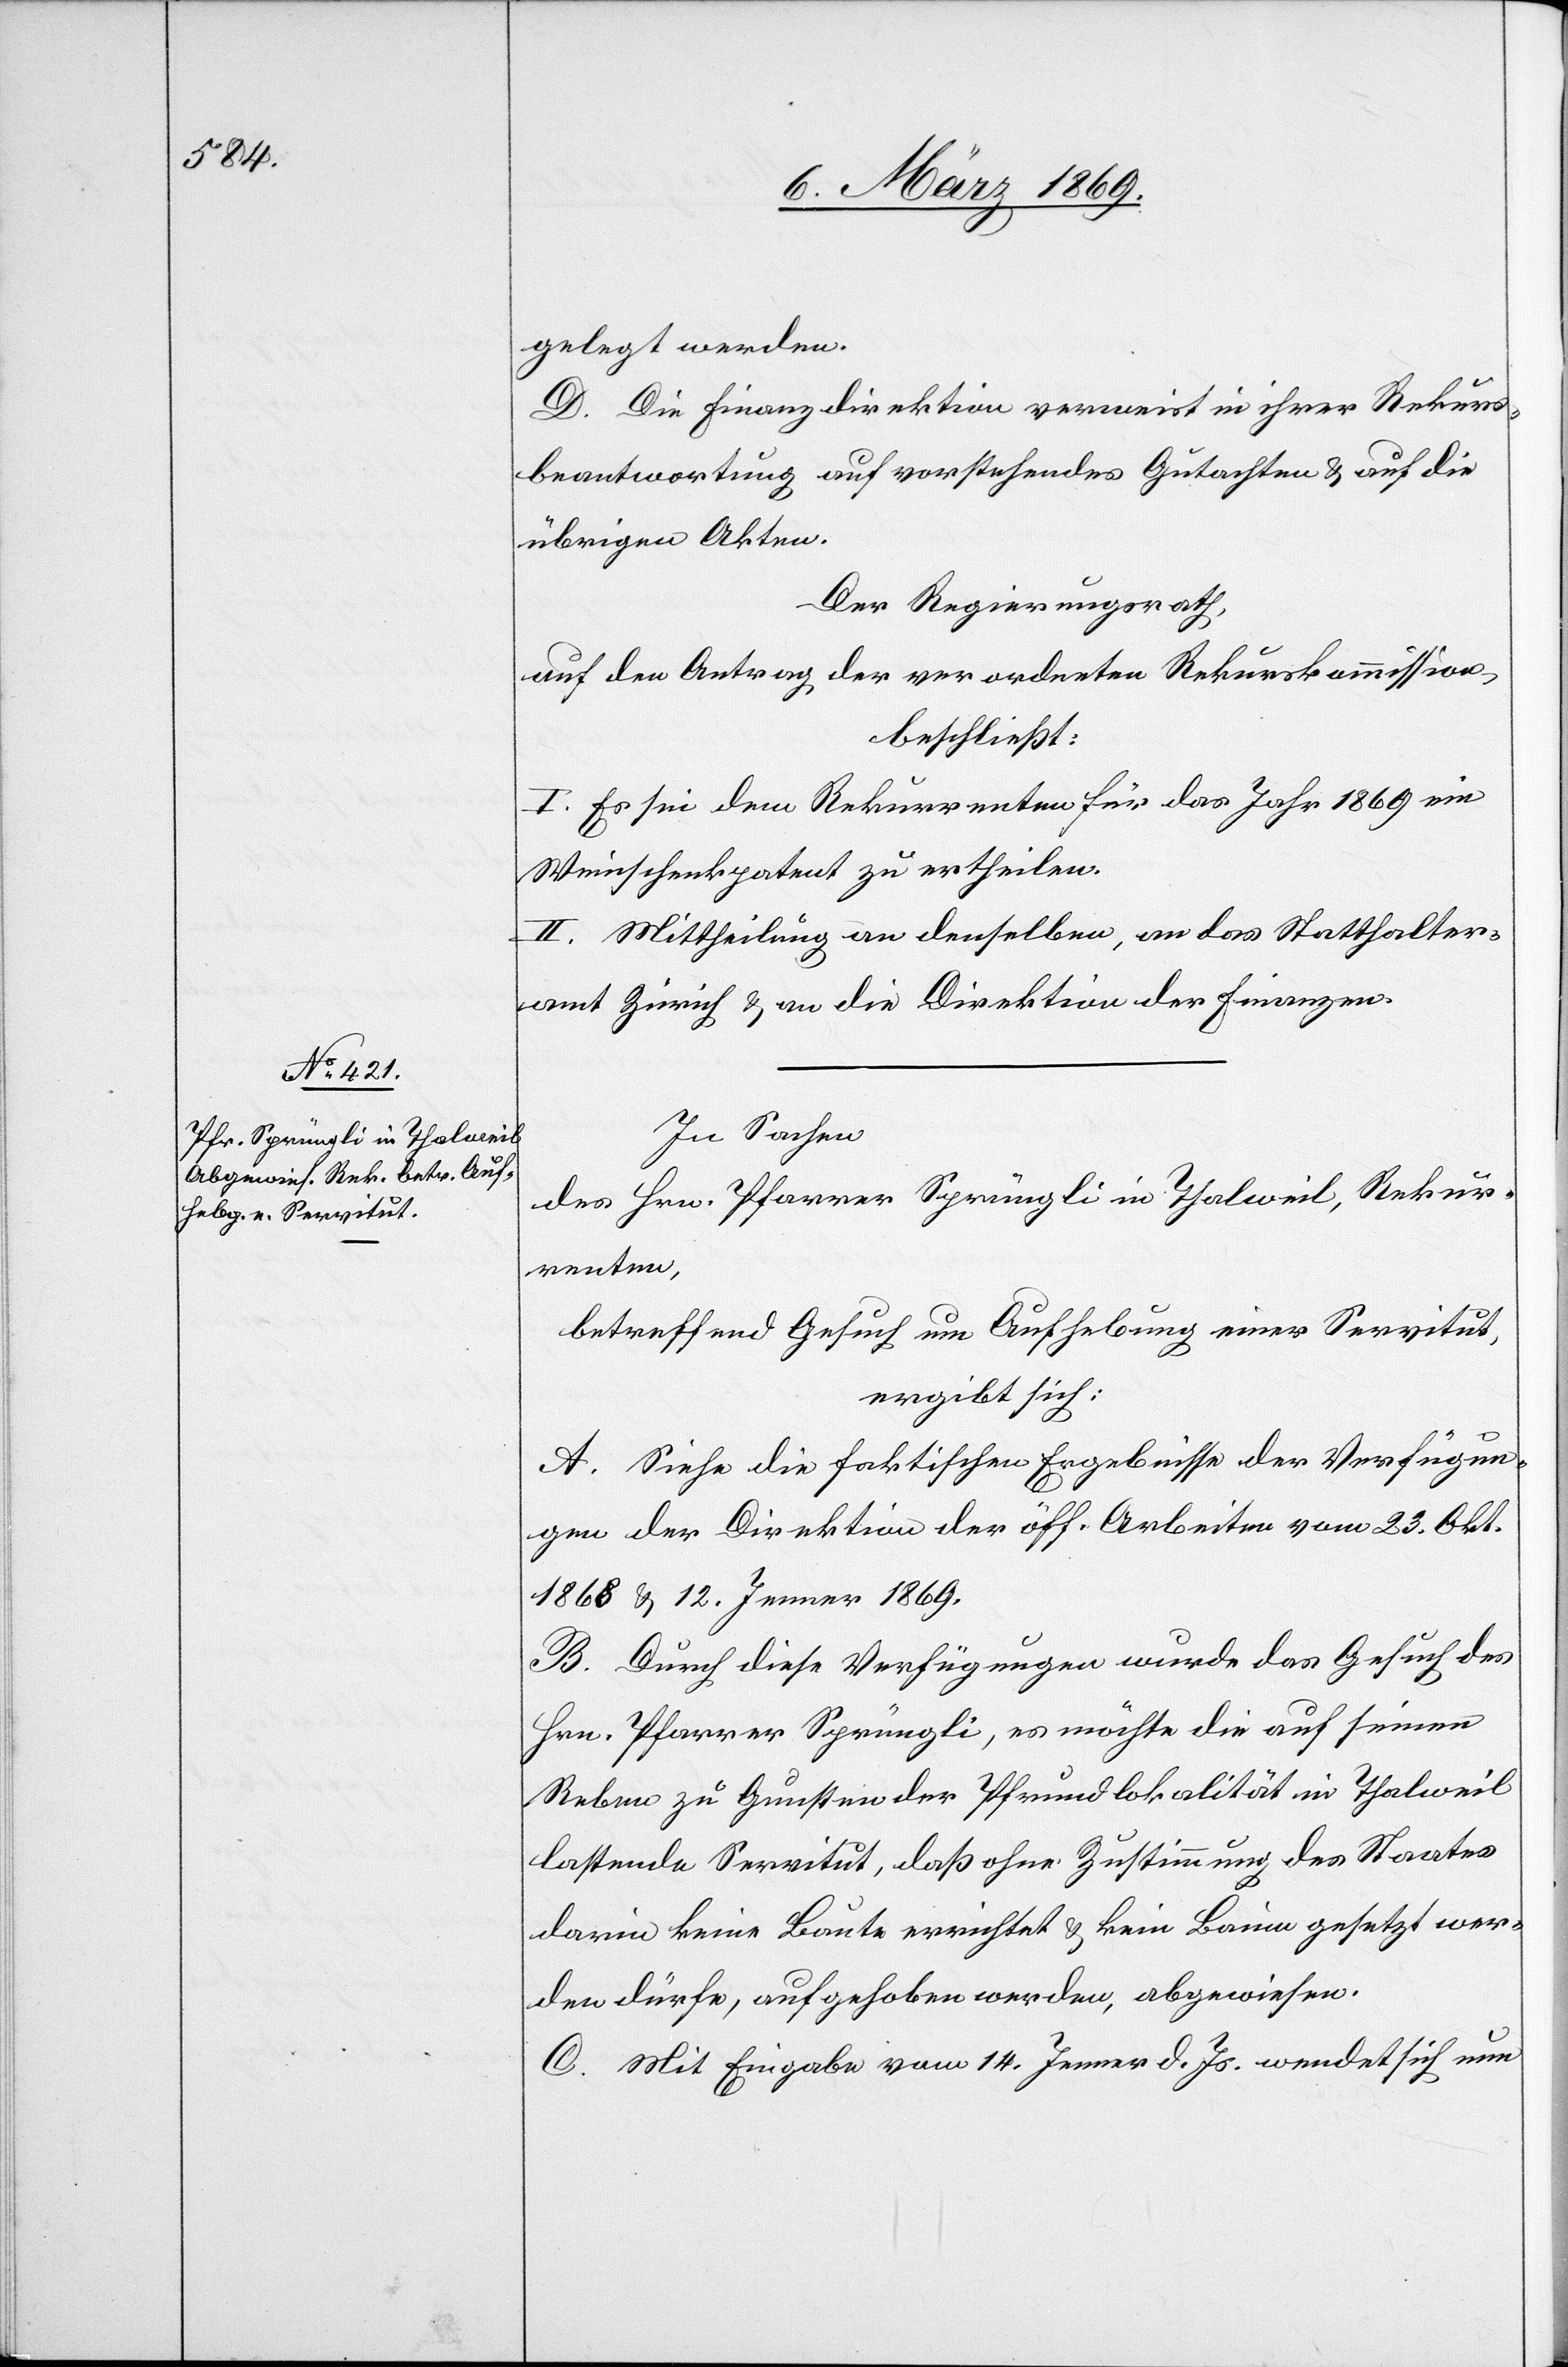
gelegt werden.
D. Die Finanzdirektion verweist in ihrer Rekurs¬
beantwortung auf vorstehendes Gutachten & auf die
übrigen Akten.
Der Regierungsrath,
auf den Antrag der verordneten Rekurskommission,
beschließt:
I. Es sei dem Rekurrenten für das Jahr 1869 ein
Weinschenkpatent zu ertheilen.
II. Mittheilung an denselben, an das Statthalter¬
amt Zürich & an die Direktion der Finanzen.
In Sachen
des Hrn. Pfarrer Sprüngli in Thalweil, Rekur¬
renten,
betreffend Gesuch um Aufhebung einer Servitut,
ergibt sich:
A. Siehe die faktischen Ergebnisse der Verfügun¬
gen der Direktion der öff. Arbeiten vom 23. Okt.
1868 & 12. Jenner 1869.
B. Durch diese Verfügungen wurde das Gesuch des
Hrn. Pfarrer Sprüngli, es möchte die auf seinen
Reben zu Gunsten der Pfrundlokalität in Thalweil
lastende Servitut, daß ohne Zustimmung des Staates
darin keine Baute errichtet & kein Baum gesetzt wer¬
den dürfe, aufgehoben werden, abgewiesen.
C. Mit Eingabe vom 14. Jenner d. Js. wendet sich nun